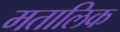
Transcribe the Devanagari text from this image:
मतालिक